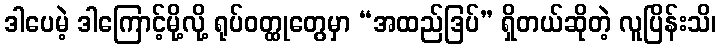
ဒါပေမဲ့ ဒါကြောင့်မို့လို့ ရုပ်ဝတ္ထုတွေမှာ “အထည်ဒြပ်” ရှိတယ်ဆိုတဲ့ လူပြိန်းသိ၊